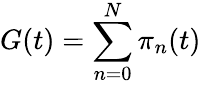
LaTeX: G(t)=\sum_{n=0}^{N}\pi_{n}(t)